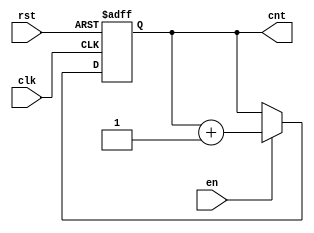
module UpCounterWithEnable (
    input wire clk,      // Clock input
    input wire en,       // Enable input
    input wire rst,      // Asynchronous reset input
    output reg [3:0] cnt // 4-bit counter output (can be adjusted for more bits)
);

// Asynchronous reset and counter increment logic
always @(posedge clk or posedge rst) begin
    if (rst) begin
        cnt <= 4'b0000; // Reset counter to zero
    end else if (en) begin
        cnt <= cnt + 1; // Increment counter
    end // If en is low, retain current value of cnt
end

endmodule